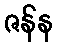
ဇန်န